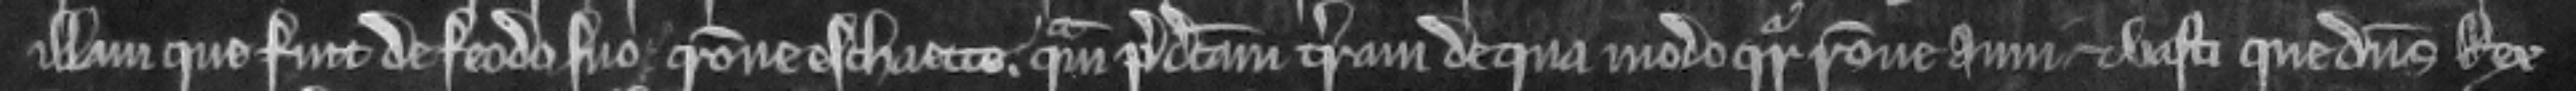
illam quo fuit de feodo suo racione eschaette. quam predictam terram de qua modo queritur racione anni et vasti que dominus Rex